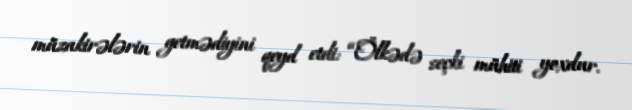
müzakirələrin getmədiyini qeyd etdi: “Ölkədə seçki mühiti yoxdur.